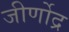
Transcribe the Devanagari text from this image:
जीर्णोद्र